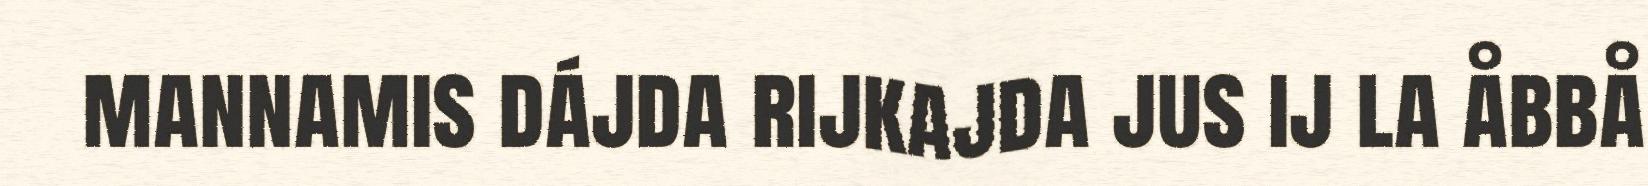
mannamis dájda rijkajda jus ij la åbbå